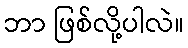
ဘာ ဖြစ်လို့ပါလဲ။